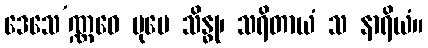
ဒေသေ’ဏ္ဏဝေ ပုမေ သိန္ဓု၊ သရိတာယံ သ နာရိယံ။